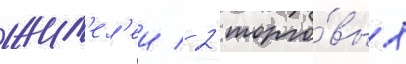
жит'ел'еи / 2 торго́вых